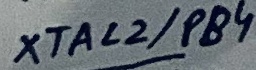
Text: XTAL2/PB4